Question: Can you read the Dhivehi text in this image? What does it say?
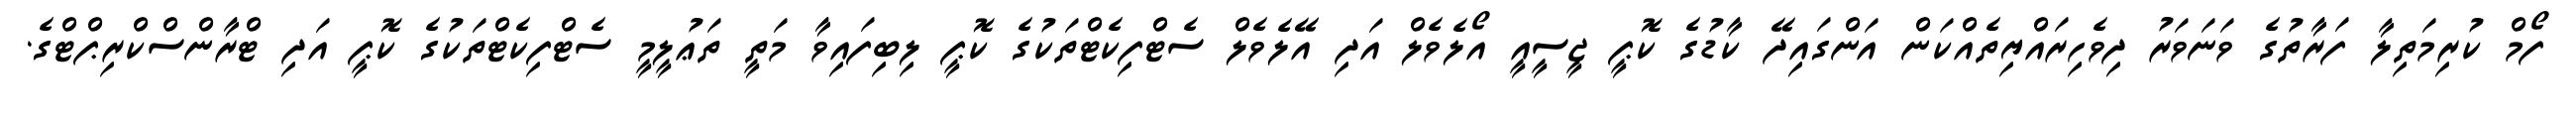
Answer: ފޯމް ކުރިމަތިލާ ފަރާތުގެ ވަނަވަރު ދިވެހިރައްޔިތެއްކަން އަންގައިދޭ ކާޑުގެ ކޮޕީ ޖީސީއީ އޯލެވެލް އަދި އޭލެވެލް ސެޓްފިކެޓްތަކުގެ ކޮޕީ ލިބިފައިވާ މަތީ ތަޢުލީމީ ސެޓްފިކެޓްތަކުގެ ކޮޕީ އަދި ޓްރާންސްކްރިޕްޓްގެ.